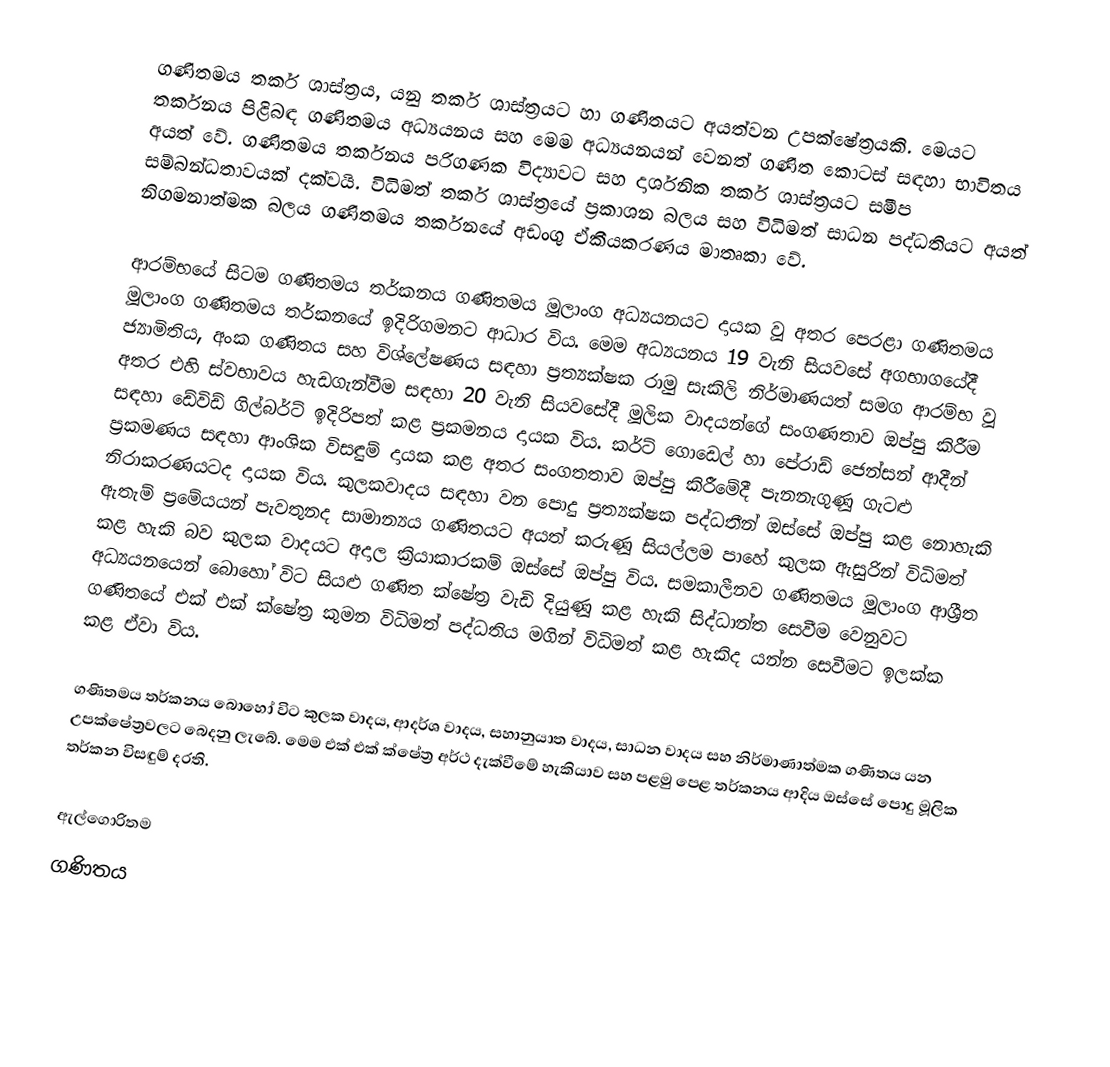
ගණිතමය තර්ක ශාස්ත්‍රය, යනු තර්ක ශාස්ත්‍රයට හා ගණිතයට අයත්වන උපක්ෂේත්‍රයකි. මෙයට තර්කනය පිළිබඳ ගණිතමය අධ්‍යයනය සහ මෙම අධ්‍යයනයන් වෙනත් ගණිත කොටස් සඳහා භාවිතය අයත් වේ. ගණිතමය තර්කනය  පරිගණක විද්‍යාවට සහ දාර්ශනික තර්ක ශාස්ත්‍රයට සමීප සම්බන්ධතාවයක් දක්වයි. විධිමත් තර්ක ශාස්ත්‍රයේ ප්‍රකාශන බලය සහ විධිමත් සාධන පද්ධතියට අයත් නිගමනාත්මක බලය ගණිතමය තර්කනයේ අඩංගු ඒකීයකරණය මාතෘකා වේ.

ආරම්භයේ සිටම ගණිතමය තර්කනය ගණිතමය මූලාංග අධ්‍යයනයට දායක වූ අතර පෙරළා ගණිතමය මූලාංග ගණිතමය තර්කනයේ ඉදිරිගමනට ආධාර විය. මෙම අධ්‍යයනය 19 වැනි සියවසේ අගභාගයේදී ජ්‍යාමිතිය, අංක ගණිතය සහ විශ්ලේෂණය සඳහා ප්‍රත්‍යක්ෂක රාමු  සැකිලි නිර්මාණයත් සමග ආරම්භ වූ අතර එහි ස්වභාවය හැඩගැන්වීම සඳහා 20 වැනි සියවසේදී මූලික වාදයන්ගේ සංගණතාව ඔප්පු කිරීම සඳහා ඩේවිඩ් ගිල්බර්ට් ඉදිරිපත් කළ ප්‍රකමනය දායක විය. කර්ට් ගොඩෙල් හා ‍පේරාඩ් ජෙන්සන් ආදීන් ප්‍රකමණය සඳහා ආංශික විසඳුම් දායක කළ අතර සංගතතාව ඔප්පු කිරීමේදී පැනනැගුණූ ගැටළු නිරාකරණයටද දායක විය. කුලකවාදය සඳහා වන පොදු ප්‍රත්‍යක්ෂක පද්ධතීන් ඔස්සේ ඔප්පු කළ නොහැකි ඇතැම් ප්‍රමේයයන් පැවතුනද සාමාන්‍යය ගණිතයට අයත් කරුණූ සියල්ලම පාහේ කුලක ඇසුරින් විධිමත් කළ හැකි බව කුලක වාදයට අදාල ක්‍රියාකාරකම් ඔස්සේ ඔප්පු විය. සමකාලීනව ගණිතමය මූලාංග ආශ්‍රීත අධ්‍යයනයෙන් බොහෝ විට සියළු ගණිත ක්ෂේත්‍ර වැඩි දියුණූ කළ හැකි සිද්ධාන්ත සෙවීම වෙනුවට ගණිතයේ එක් එක් ‍ක්ෂේත්‍ර කුමන විධිමත් පද්ධතිය මගින් විධිමත් කළ හැකිද යන්න සෙවීමට ඉලක්ක කළ ඒවා විය.

ගණිතමය තර්කනය බොහෝ විට කුලක වාදය, ආදර්ශ වාදය, සහානුයාත වාදය, සාධන වාදය සහ නිර්මාණාත්මක ගණිතය යන උපක්ෂේත්‍රවලට බෙදනු ලැබේ. මෙම එක් එක් ක්ෂේත්‍ර අර්ථ දැක්වීමේ හැකියාව සහ පළමු පෙළ තර්කනය ආදිය ඔස්සේ පොදු මූලික තර්කන විසඳුම් දරති.

ඇල්ගොරිතම
ගණිතය